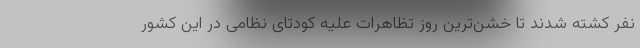
نفر کشته شدند تا خشن‌ترین روز تظاهرات علیه کودتای نظامی در این کشور